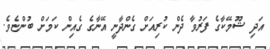
އަދި ޝޫމޭކާގެ ފަރުވާ ދެން ކުރިއަށް ގެންދާނީ އޭނާގެ ގެއިން ކަމަށް ބުންޏެވެ.